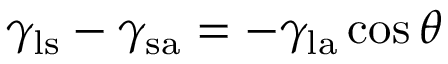
\gamma _ { \mathrm { l s } } - \gamma _ { \mathrm { s a } } = - \gamma _ { \mathrm { l a } } \cos \theta